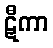
ဋီကာ